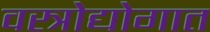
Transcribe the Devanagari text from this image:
वस्त्रोद्योगात